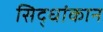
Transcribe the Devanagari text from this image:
सिद्धांकान